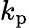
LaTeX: k_{\mathrm{p}}